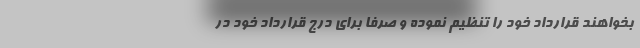
بخواهند قرارداد خود را تنظیم نموده و صرفا برای درج قرارداد خود در